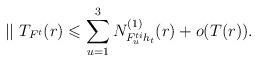
LaTeX: \begin{align*}||\ T_{F^t}(r)\leqslant\sum_{u=1}^3N^{(1)}_{F_u^{ti}h_t}(r)+o(T(r)).\end{align*}